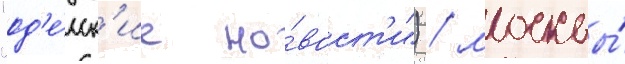
"од'е́сск'ие но́вост'и") / москвы́